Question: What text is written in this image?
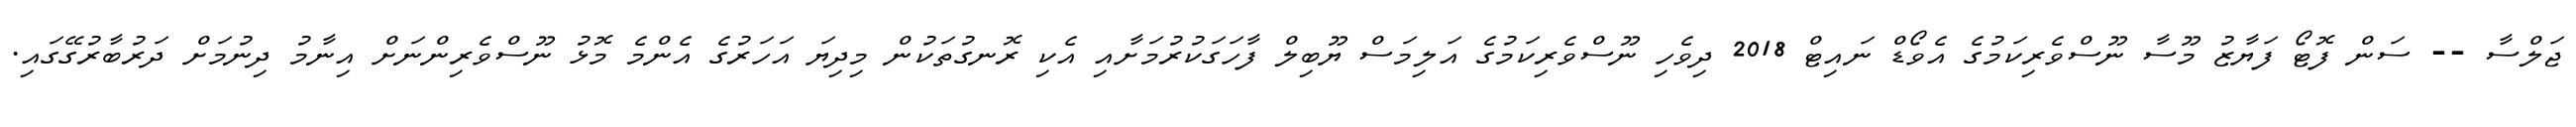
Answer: ޖަލްސާ -- ސަން ފޮޓޯ ފަޔާޒު މޫސާ ނޫސްވެރިކަމުގެ އެވޯޑް ނައިޓް 2018 ދިވެހި ނޫސްވެރިކަމުގެ އަލިމަސް ޔޫބިލް ފާހަގަކުރުމަށާއި އެކި ރޮނގުތަކުން މިދިޔަ އަހަރުގެ އެންމެ މޮޅު ނޫސްވެރިންނަށް އިނާމު ދިނުމަށް ދަރުބާރުގޭގައި.